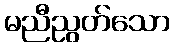
မညီညွတ်သော